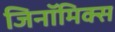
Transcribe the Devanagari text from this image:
जिनॉमिक्स